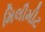
મિલીમીટ